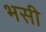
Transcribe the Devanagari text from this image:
भसी